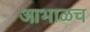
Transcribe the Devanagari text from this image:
आभाळच